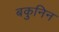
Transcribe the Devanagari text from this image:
बकुनिन